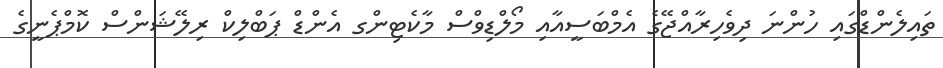
ތައިލެންޑްގައި ހުންނަ ދިވެހިރާއްޖޭގެ އެމްބަސީއާއި މޯލްޑިވްސް މާކެޓިންގ އެންޑް ޕަބްލިކް ރިލޭޝަންސް ކޮމްޕެނީގެ